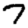
Digit: 7